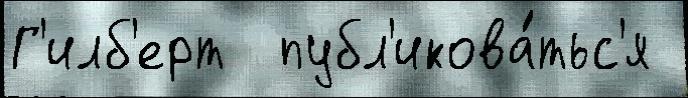
Г'илб'ерт  публ'икова́тьс'я